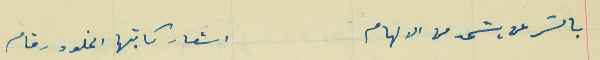
بالسّر عن يسَتمد من الالهام                                      اشعار كاتبها الخلود رقام